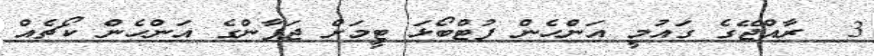
3  ރާއްޖޭގެ ގައުމީ އަންހެން ފުޓްބޯޅަ ޓީމަށް ޖަޕާންގެ އަންހެން ކޯޗެއް